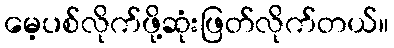
မေ့ပစ်လိုက်ဖို့ဆုံးဖြတ်လိုက်တယ်။